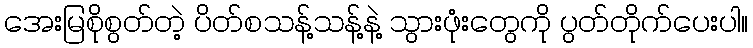
အေးမြစိုစွတ်တဲ့ ပိတ်စသန့်သန့်နဲ့ သွားဖုံးတွေကို ပွတ်တိုက်ပေးပါ။